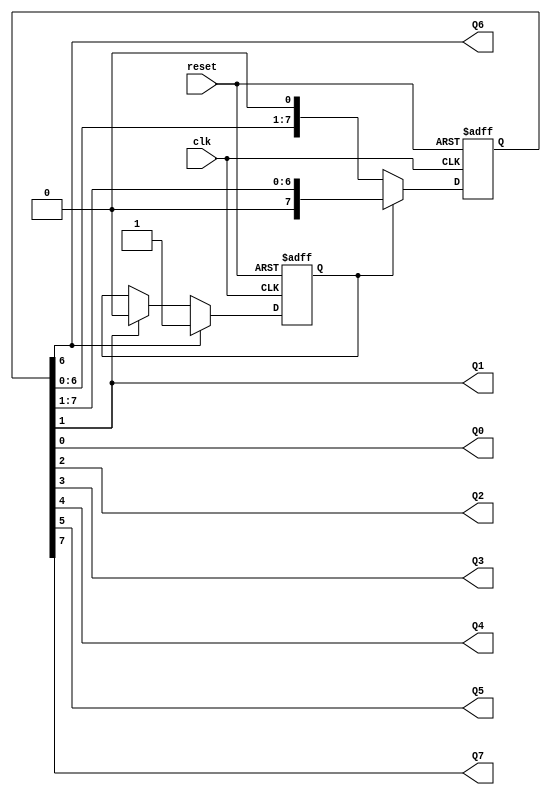
//Module bounce8 continuously pulses a high signal from bit Q0 to bit Q7 
// and then back from bit Q7 to bit Q0 to give the effect of a signal
// bouncing back and forth from one edge of the register to the other.
`timescale 1ns / 1ps

module bounce8(clk, reset, Q0, Q1, Q2, Q3, Q4, Q5, Q6, Q7);

    input clk;
    input reset;
   output Q0;
   output Q1;
   output Q2;
   output Q3;
   output Q4;
   output Q5;
   output Q6;							   
   output Q7;
   
   reg sel;
   reg [7:0] QOUT;

always@(posedge clk or posedge reset)
   begin
      if(reset)     
	 QOUT <= 8'b00000001;
      else if (sel)	 //sel determines the direction the high pulse is shifted. 
		QOUT <= {1'b0, QOUT[7:1]};
	 else
	     QOUT <= {QOUT[6:0], 1'b0};
   end


always@ (posedge clk or posedge reset)
   begin
   	 if (reset)
	     sel = 1'b0;
	 else if (Q6)
	 	sel = 1'b1;   
	 else if (Q1)
	 	sel = 1'b0;
	 else
	 	sel = sel;
   end

   assign Q0 = QOUT[0];
   assign Q1 = QOUT[1];
   assign Q2 = QOUT[2];
   assign Q3 = QOUT[3];
   assign	Q4 = QOUT[4];
   assign	Q5 = QOUT[5];
   assign	Q6 = QOUT[6];
   assign	Q7 = QOUT[7];

endmodule